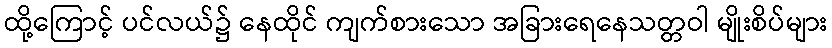
ထို့ကြောင့် ပင်လယ်၌ နေထိုင် ကျက်စားသော အခြားရေနေသတ္တဝါ မျိုးစိပ်များ